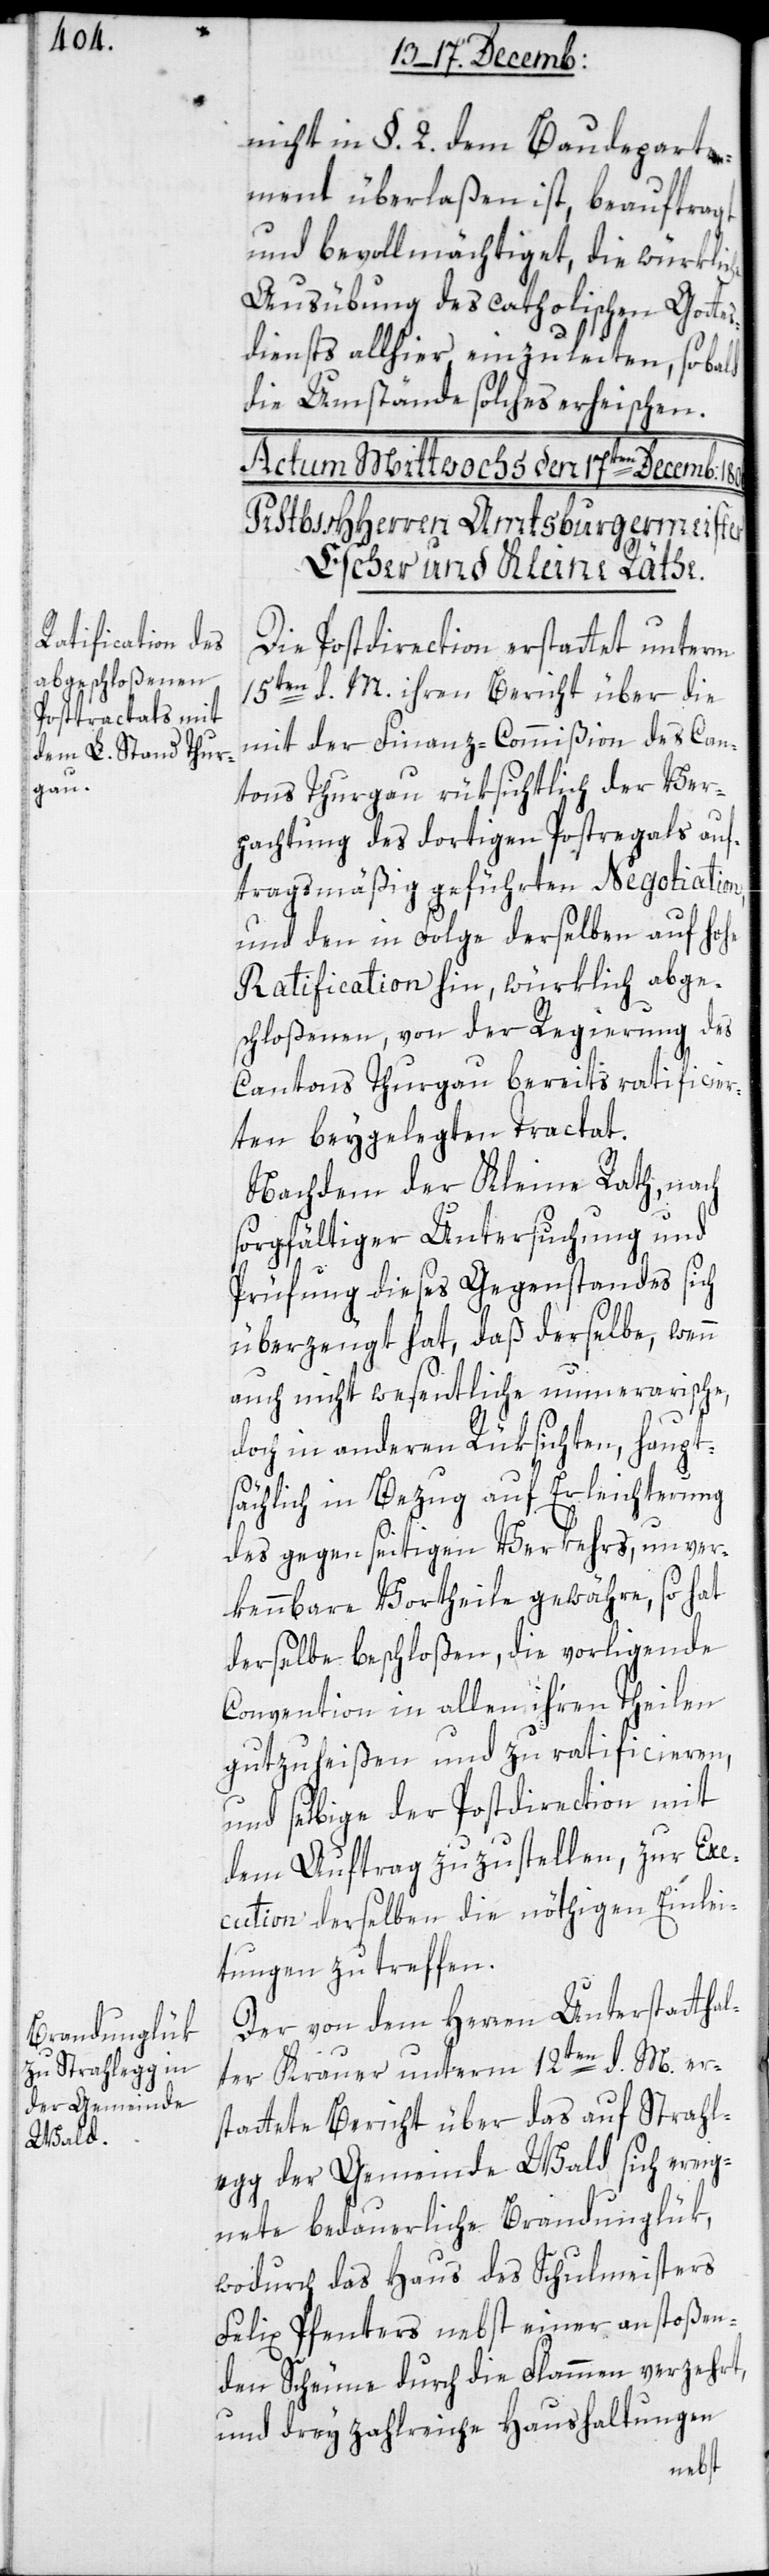
nicht in §. 2. dem Baudeparte¬
ment überlaßen ist, beauftragt
und bevollmächtiget, die würkliche
Ausübung des catholischen Gottes¬
diensts allhier einzuleiten, sobald
die Umstände solches erheischen.
Die Postdirection erstattet unterm
15ten d. M. ihren Bericht über die
mit der Finanz-Commißion des Can¬
tons Thurgau rüksichtlich der Ver¬
pachtung des dortigen Postregals auf¬
tragsmäßig geführten Negotiation,
und den in Folge derselben auf hohe
Ratification hin, würklich abge¬
schloßenen, von der Regierung des
Cantons Thurgau bereits ratificier¬
ten beygelegten Tractat.
Nachdem der Kleine Rath, nach
sorgfältiger Untersuchung und
Prüfung dieses Gegenstandes sich
überzeugt hat, daß derselbe, wenn
auch nicht wesentliche numerarische,
doch in anderen Rüksichten, haupt¬
sächlich in Bezug auf Erleichterung
des gegenseitigen Verkehrs, unver¬
kennbare Vortheile gewähre, so hat
derselbe beschloßen, die vorliegende
Convention in allen ihren Teilen
gutzuheißen und zu ratificieren,
und selbige der Postdirection mit
dem Auftrag zuzustellen, zur Ex¬
ecution derselben die nöthigen Einlei¬
tungen zu treffen.
Der von dem Herren Unterstattha¬
lter Krauer unterm 12ten d. M. er¬
stattete Bericht über das auf Strahl¬
egg der Gemeinde Wald sich ereig¬
nete bedauerliche Brandunglük,
wodurch das Haus des Schulmeisters
Felix Pfenters nebst einer anstoßen¬
den Scheune durch die Flammen verzehrt,
und drey zahlreiche Haushaltungen